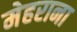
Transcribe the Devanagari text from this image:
मेहराना